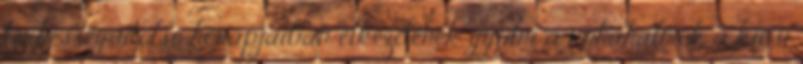
terhesség utolsó hónapjaiban elkezdenek gyûlni a ruhahalmok a kicsi